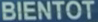
BIENTOT